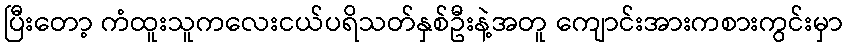
ပြီးတော့ ကံထူးသူကလေးငယ်ပရိသတ်နှစ်ဦးနဲ့အတူ ကျောင်းအားကစားကွင်းမှာ